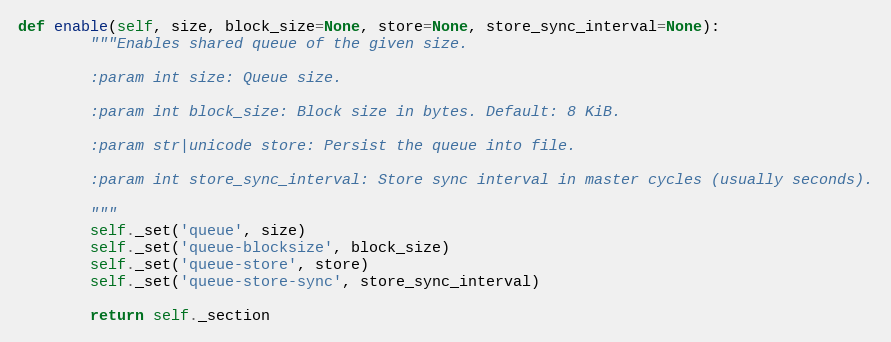
Language: Python
def enable(self, size, block_size=None, store=None, store_sync_interval=None):
        """Enables shared queue of the given size.

        :param int size: Queue size.

        :param int block_size: Block size in bytes. Default: 8 KiB.

        :param str|unicode store: Persist the queue into file.

        :param int store_sync_interval: Store sync interval in master cycles (usually seconds).

        """
        self._set('queue', size)
        self._set('queue-blocksize', block_size)
        self._set('queue-store', store)
        self._set('queue-store-sync', store_sync_interval)

        return self._section